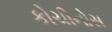
કોચીનોસ